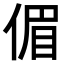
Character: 𠋥